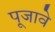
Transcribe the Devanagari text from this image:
पूजावे